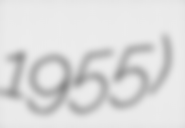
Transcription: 1955)